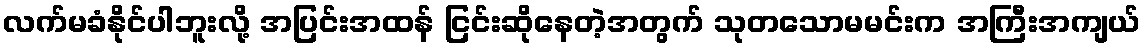
လက်မခံနိုင်ပါဘူးလို့ အပြင်းအထန် ငြင်းဆိုနေတဲ့အတွက် သုတသောမမင်းက အကြီးအကျယ်